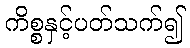
ကိစ္စနှင့်ပတ်သက်၍